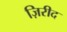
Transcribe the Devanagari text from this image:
ज़िरीद